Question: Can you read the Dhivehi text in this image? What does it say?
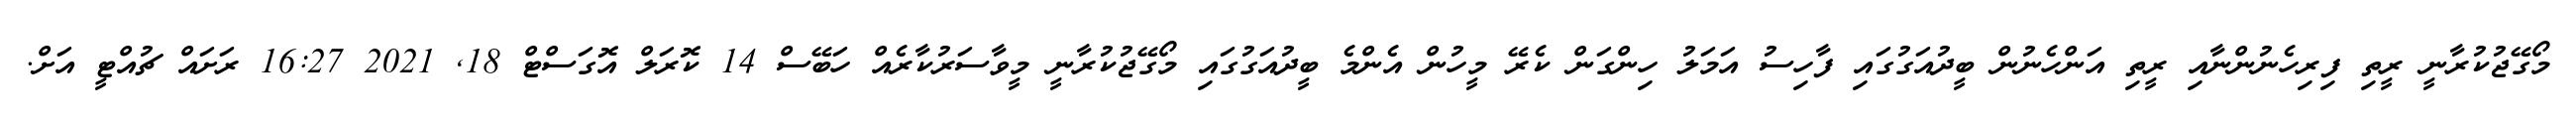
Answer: މޯގޭޖުކުރާނީ ރީތި ފިރިހެނުންނާއި ރީތި އަންހެނުން ބީދުއަގުގައި ފާހިސު އަމަލު ހިންގަން ކެރޭ މީހުން އެންމެ ބީދުއަގުގައި މޯގޭޖުކުރާނީ މީވާސަރުކާރެއް ހަބޭސް 14 ކޮރަލް އޮގަސްޓް 18, 2021 16:27 ރަށައް ޗުއްޓީ އަށް.